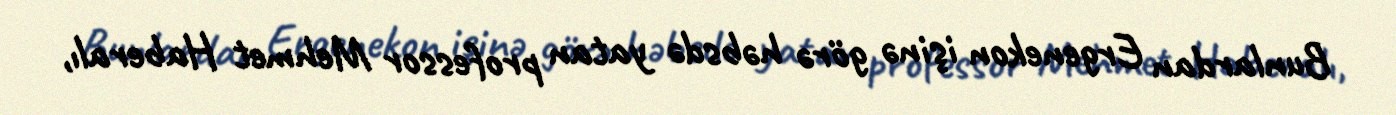
Bunlardan Ergenekon işinə görə həbsdə yatan professor Mehmet Haberalı,